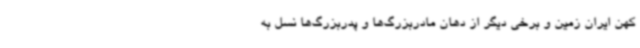
کهن ایران زمین و برخی دیگر از دهان مادربزرگ‌ها و پدربزرگ‌ها نسل به